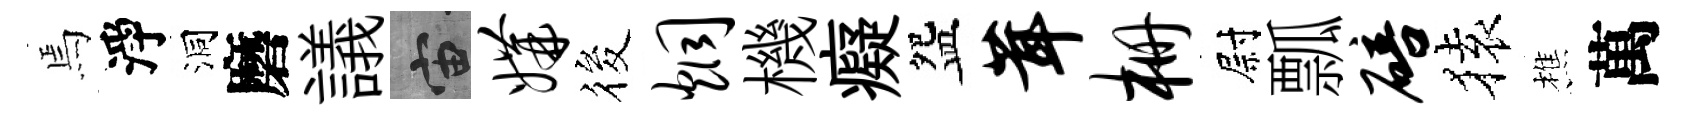
焉淨洞磨議宙媾筱炯機癡盌茸栅尉瓢碚𫞤樵萬